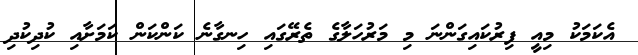
އެކަމަކު މިއީ ފިރުކައިގަންނަ މި މަރުހަލާގެ ތެރޭގައި ހިނގާނެ ކަންކަން ކަމަށާއި ކުދިކުދި